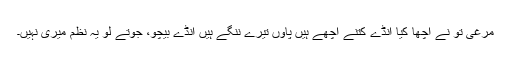
مرغی تو نے اچھا کیا انڈے کتنے اچھے ہیں پاؤں تیرے ننگے ہیں انڈے بیچو، جوتے لو یہ نظم میری نہیں۔